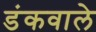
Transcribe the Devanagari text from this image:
डंकवाले